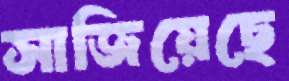
সাজিয়েছে